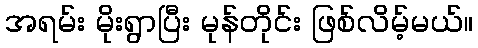
အရမ်း မိုးရွာပြီး မုန်တိုင်း ဖြစ်လိမ့်မယ်။